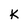
Character: K